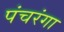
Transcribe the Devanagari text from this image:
पंचरंगा